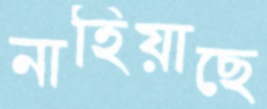
নাহিয়াছে